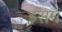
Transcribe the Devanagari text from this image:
इसमं